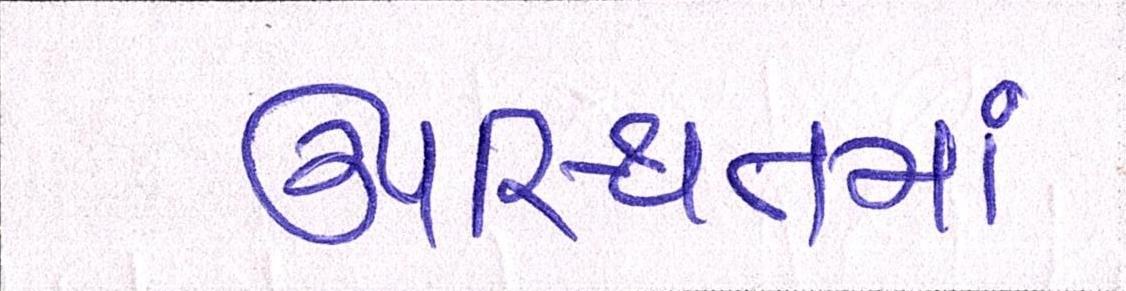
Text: ઉપસ્થિતમાં